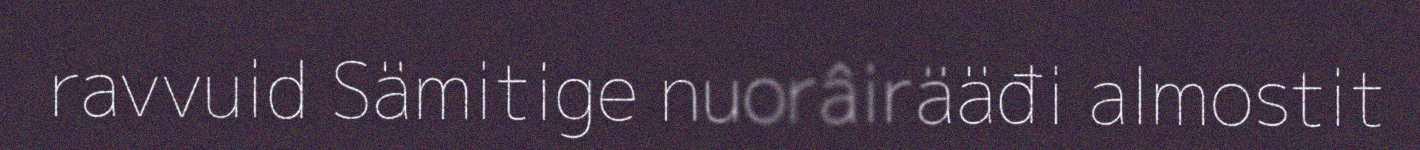
ravvuid Sämitige nuorâirääđi almostit